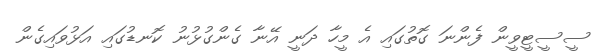
ސީސީޓީވީން ފެންނަ ގޮތުގައި އެ މީހާ ދަނީ އޭނާ ގެންގުޅުނު ކޮނޑުގައި އަޅުވައިގެން